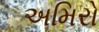
અમિરો